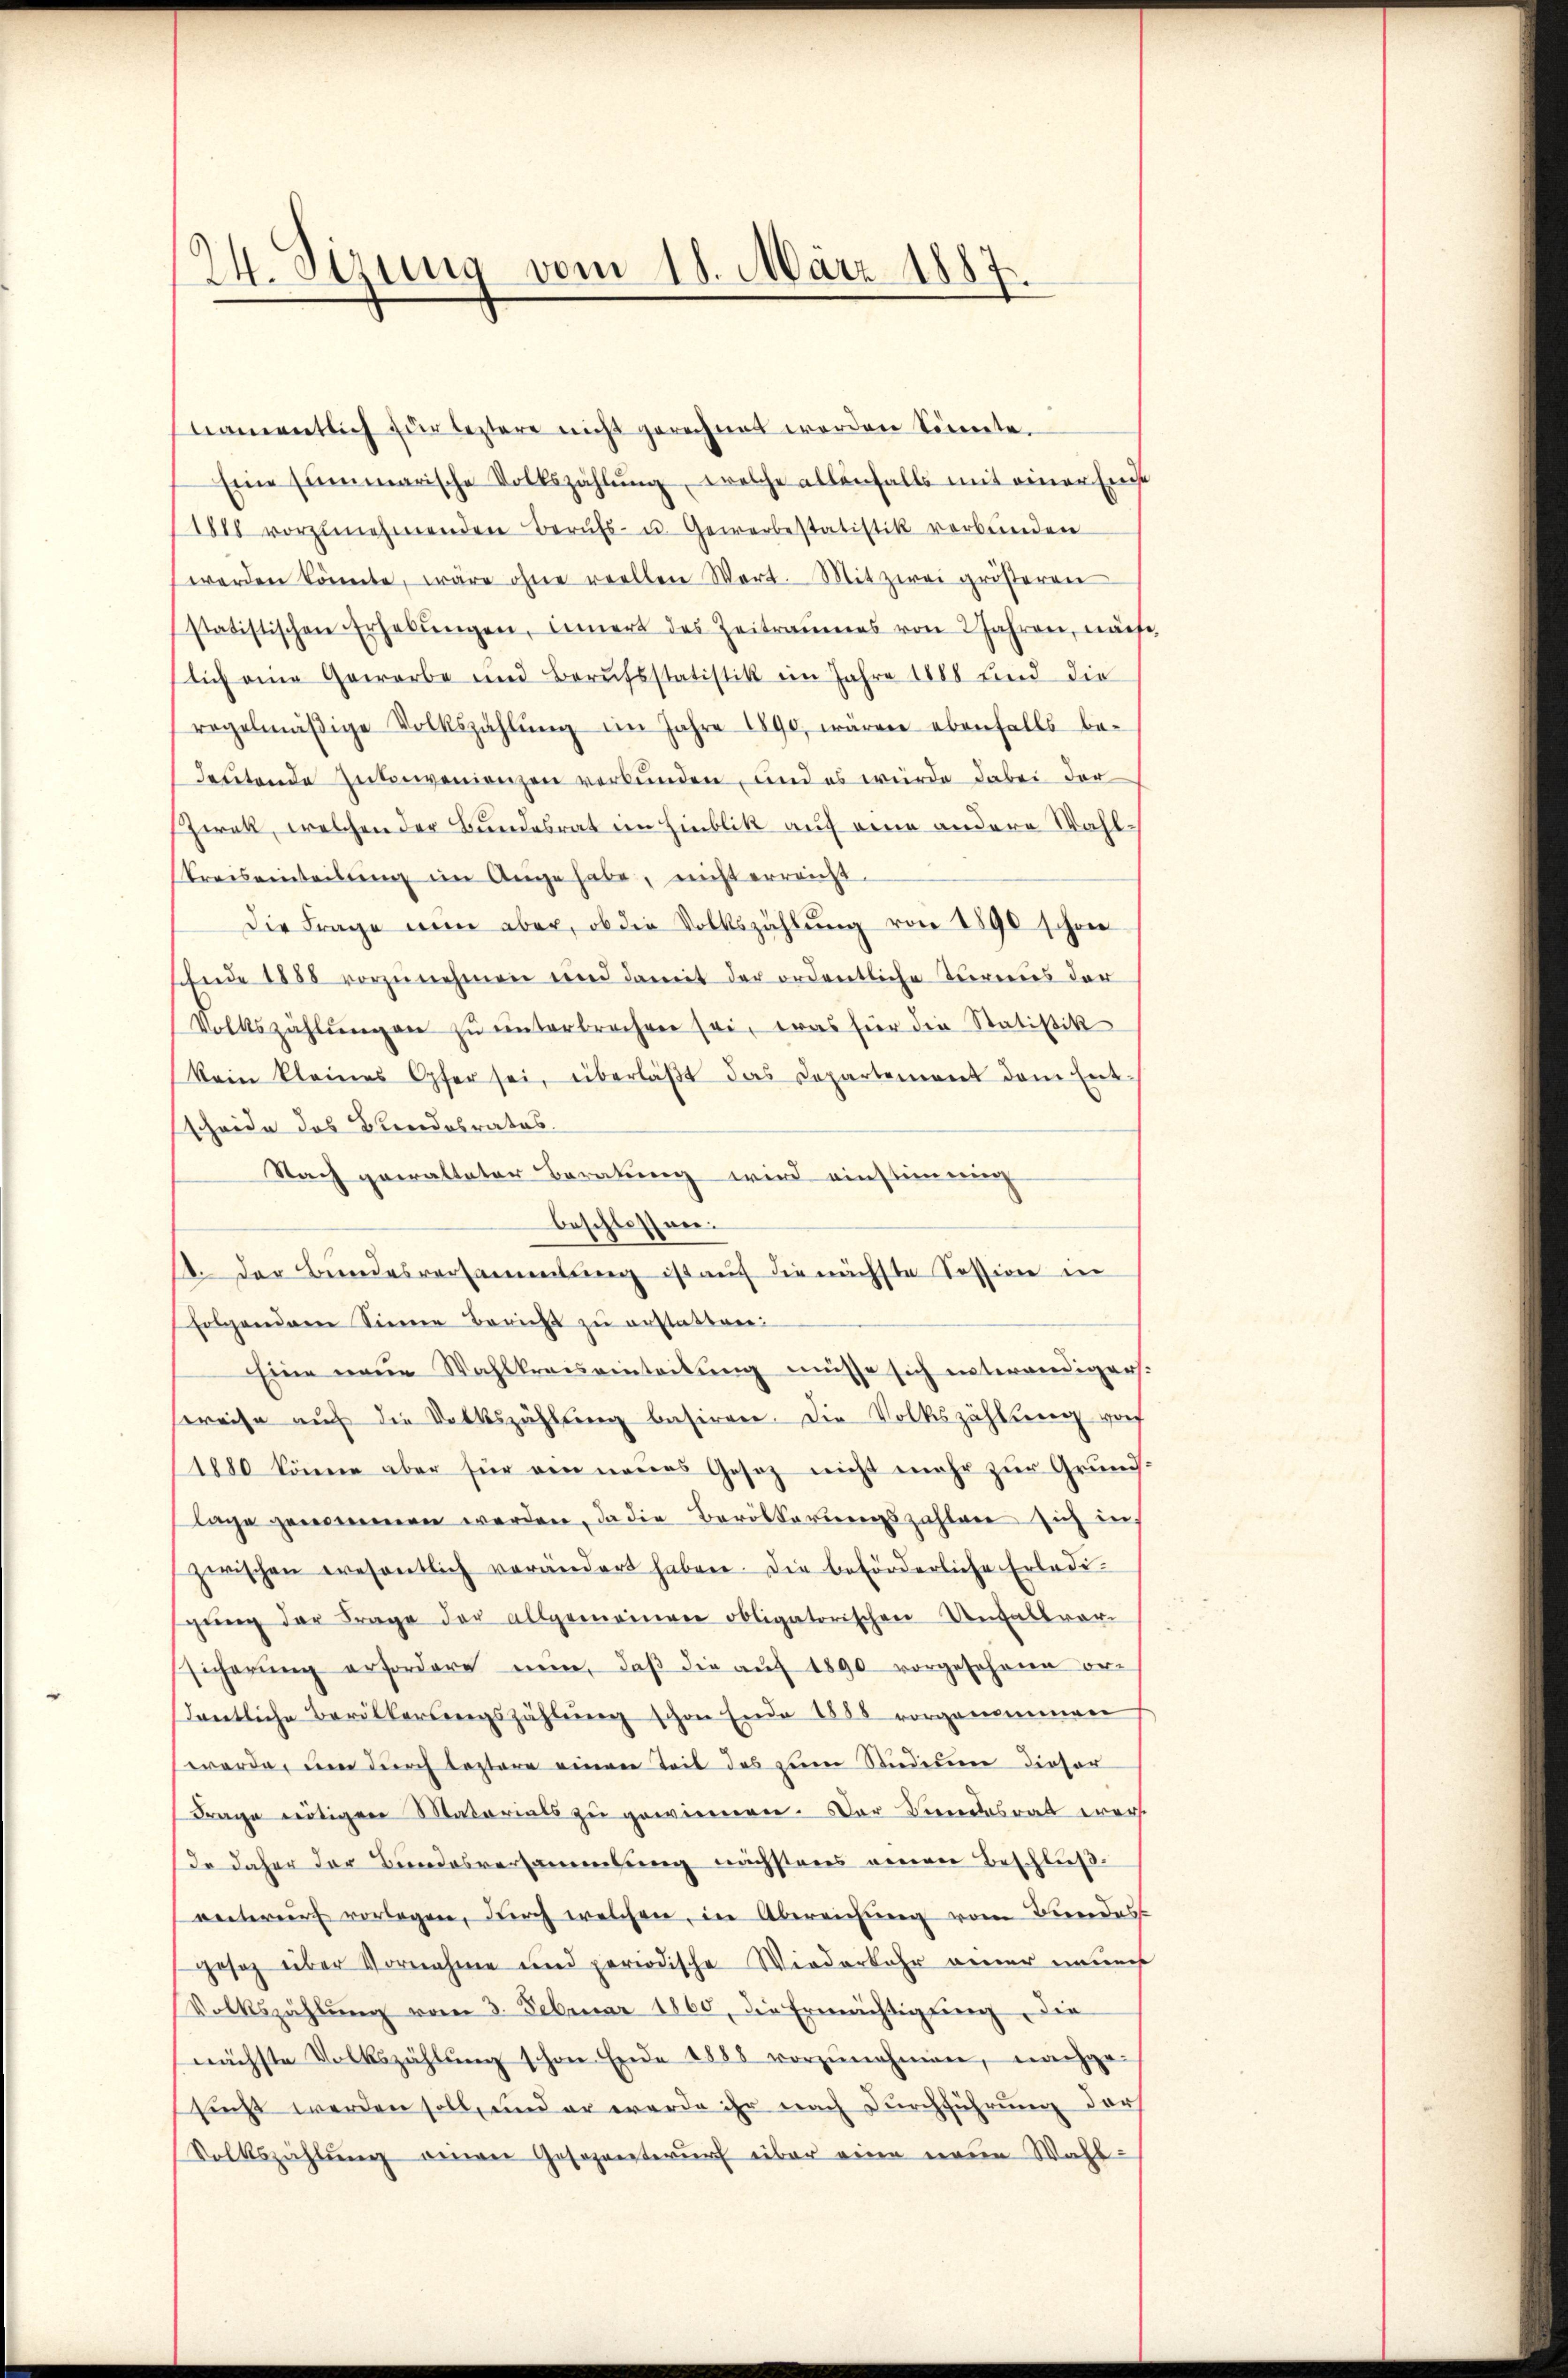
24. Sizung vom 18. März 1887.

namentlich zur leztere nicht gerechnet werden könnte.
Eine summarische Volkszählŭng, welche allenfalls mit einer Einse
1888 vorzunehmenden Berufs- u. Gewerbestatistik verbunden
werden könnte, wäre ohne reellen Wort. Mit zwei größeren
statistischen Erhebŭngen, innert des Zeitraumes von 2 Jahren, nach
lich eine Gewerbe und Berufsstatistik im Jahre 1888 und die
regelmäβige Volkszählŭng im Jahre 1890, wären ebenfalls be-
deutende Intenvenienzen verbunden, und es würde dabei der
Zwak, welchen der Bundesrat im Hinblik auf eine andere Wahlkreiseinteilung im Auge habe, nicht erreicht.
Die Frage nun aber, ob die Volkszählŭng von 1890 schon
Ende 1888 vorzŭnehmen und damit der ordentliche Turnus der
Volkszählŭngen zu unterbrochen sei, was für die Statistik
(kein kleines Opfer sei, überläβt das Departement dem Ent-
scheide das Breedobrates.
Nach gewalteter Beratung wird einstimmig
beschlossen.
1. Der Bundesversammlung ist auf die nächste Tession in
folgenden Sinne Bericht zu erstatten:
Eine neue Wahlkreiseinteilung müsse sich entwendiger.
sreise auf die Volkszählung basiren. Die Volkszählung vorf
1880 könne aber für ein neues Gesetz nicht mehr zur Grund
lage genommen werden, da die Bevölkerungszahlene sich in
zwischen wesentlich verändert haben. Die beförderliche Erledi-
sgŭng der Frage der allgemeinen obligatorischen Unfallvor-
sicherŭng erfordere nŭn, daβ die aŭf 1890 vorgesehene or-
dentliche Bevölkerŭngszahlŭng schon Ende 1888 vorgenommen
werde, um durch leztere einen Teil des zum Studium dieser
Frage nötigen Materials zŭ gewinnen. Der Kindesrat wer
Ir daher der Bundesversammlung nächstens einen Beschlußentwurf vorlegen, durch welchen, in Abereichung vom Bundes
gesetz über Vornahme und periodische Wiederkehr einer neuech
Volkszählŭng vom 3. Februar 1860, die Ermächtigŭng, die
nächste Volkszählŭng schon Ende 1885 vorzŭnehmen, nachge-
sicht werden soll, und er werde ihr nach Durchführung darf
Volkszählung einen Gesezenteurf über eine neue Wahl¬